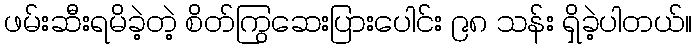
ဖမ်းဆီးရမိခဲ့တဲ့ စိတ်ကြွဆေးပြားပေါင်း ၉၈ သန်း ရှိခဲ့ပါတယ်။